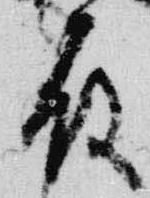
殿